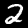
Label: 2